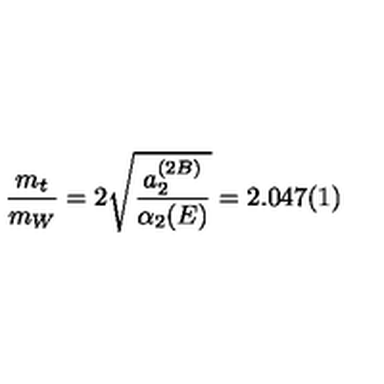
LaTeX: \frac { m _ { t } } { m _ { W } } = 2 \sqrt { \frac { a _ { 2 } ^ { ( 2 B ) } } { \alpha _ { 2 } ( E ) } } = 2 . 0 4 7 ( 1 )